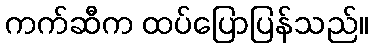
ကက်ဆီက ထပ်ပြောပြန်သည်။